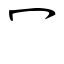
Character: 冖